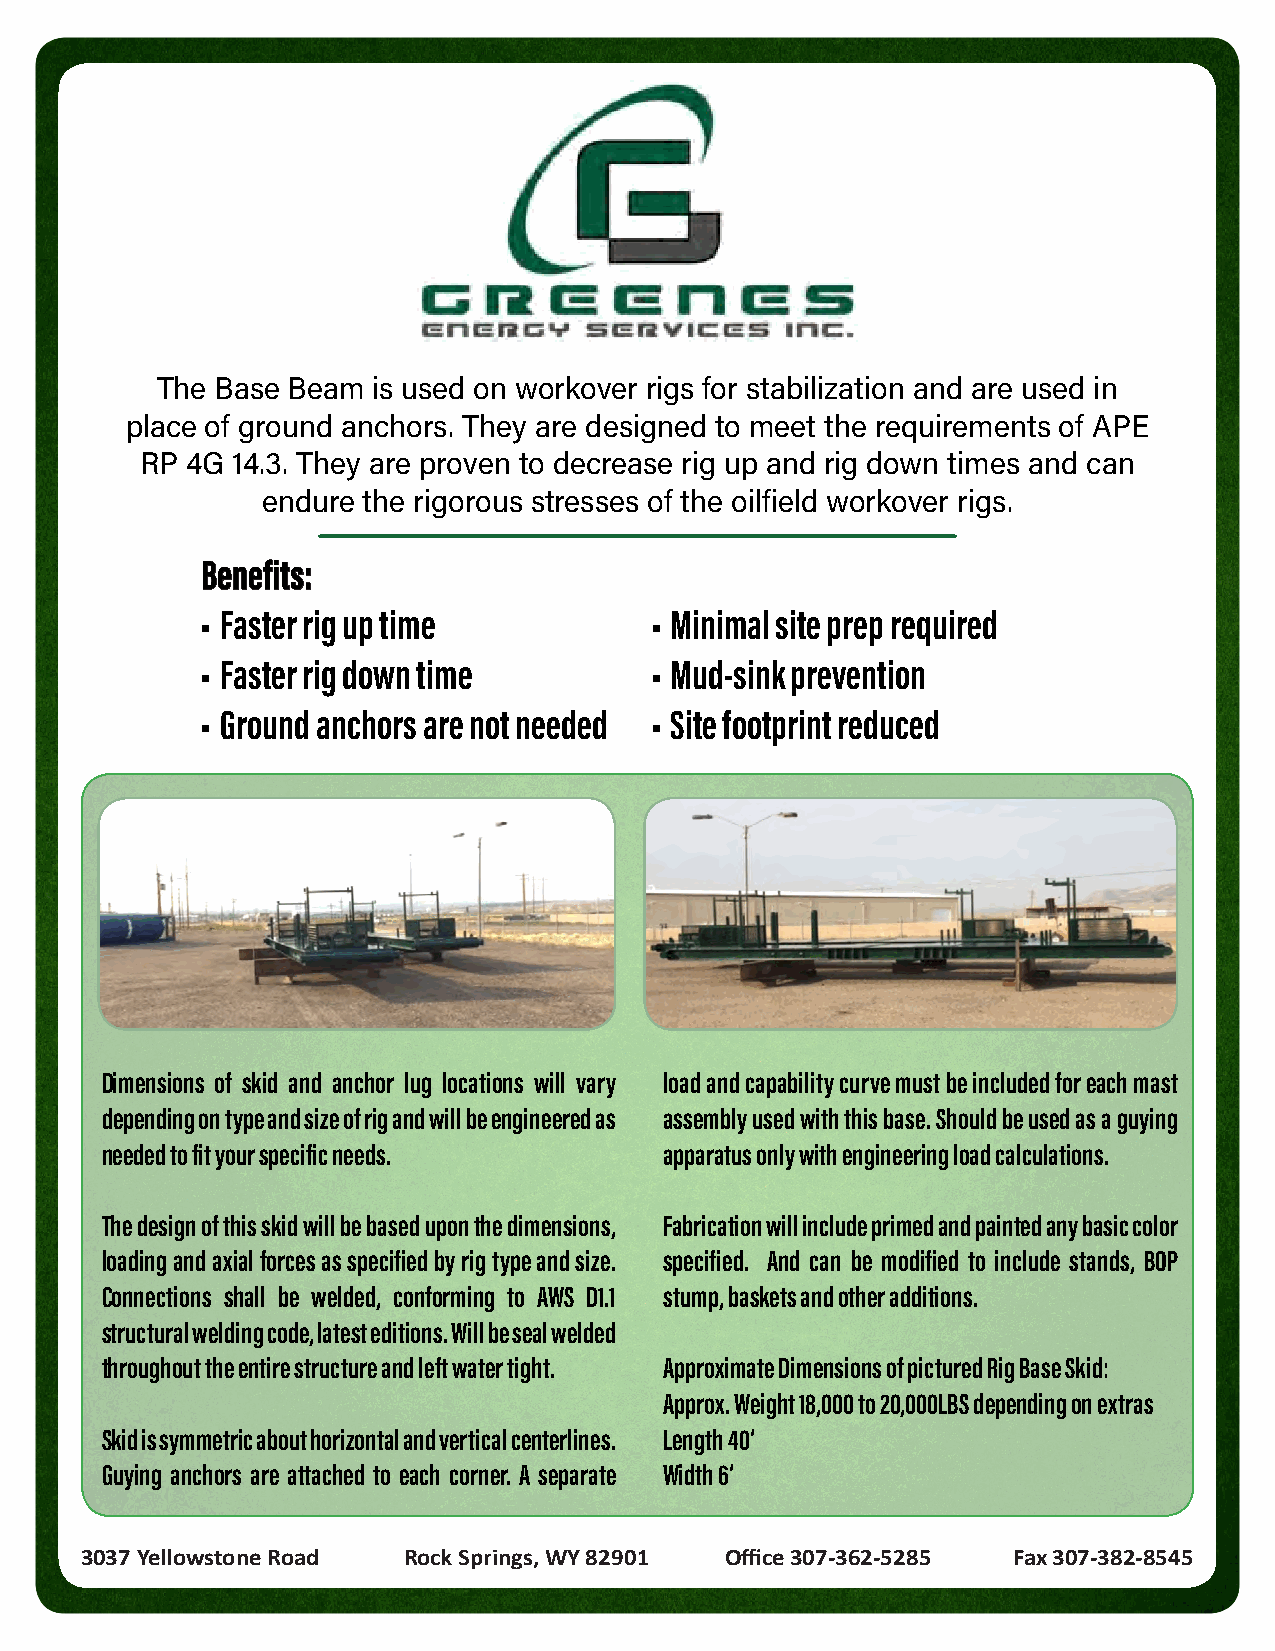
The Base Beam  is used on workover rigs for stabilization and are used in
 place of ground anchors. They are designed to meet the requirements of APE
 27Aug18
 RP 4G 14.3. They are proven to decrease rig up and rig down times and can
 9 pm - 10 pm
 endure the rigorous stresses of the oilfield workover rigs.
 Benefits:
 • Faster rig up time          • Minimal site prep required
 • Faster rig down time        • Mud-sink prevention
 • Ground anchors are not needed • Site footprint reduced
 Dimensions of skid and anchor lug locations will vary load and capability curve must be included for each mast
 depending on type and size of rig and will be engineered as assembly used with this base. Should be used as a guying
 needed to fit your specific needs.   apparatus only with engineering load calculations.
 The design of this skid will be based upon the dimensions, Fabrication will include primed and painted any basic color
 loading and axial forces as specified by rig type and size. specified. And can be modified to include stands, BOP
 Connections shall be welded, conforming to AWS D1.1 stump, baskets and other additions.
 structural welding code, latest editions. Will be seal welded
 throughout the entire structure and left water tight. Approximate Dimensions of pictured Rig Base Skid:
 Approx. Weight 18,000 to 20,000LBS depending on extras
 Skid is symmetric about horizontal and vertical centerlines. Length 40’
 Guying anchors are attached to each corner. A separate Width 6’
 3037 Yellowstone Road Rock Springs, WY 82901 Office 307-362-5285 Fax 307-382-8545